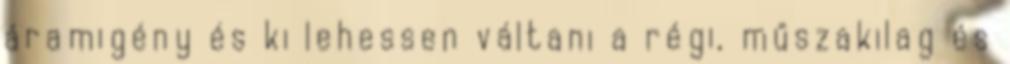
áramigény és ki lehessen váltani a régi, műszakilag és